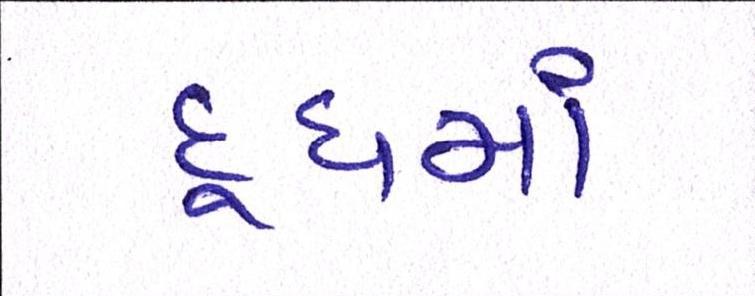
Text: દૂધમાં